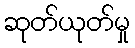
ဆုတ်ယုတ်မှု